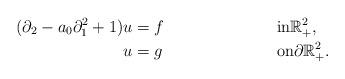
LaTeX: \begin{align*}(\partial_2 - a_0 \partial_1^2 +1) u & = f && \textrm{in} \mathbb{R}^2_+,\\u & = g && \textrm{on}\partial \mathbb{R}^2_+. \end{align*}